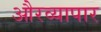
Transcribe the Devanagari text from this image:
औरव्यापार